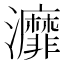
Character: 灖